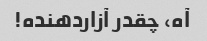
آه، چقدر آزاردهنده!